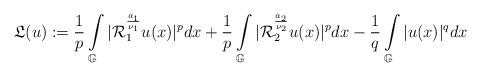
LaTeX: \begin{align*}\mathfrak{L}(u):=\frac{1}{p}\int\limits_{\mathbb{G}}|\mathcal{R}_{1}^{\frac{a_{1}}{\nu_{1}}}u(x)|^{p}dx+\frac{1}{p}\int\limits_{\mathbb{G}}|\mathcal{R}_{2}^{\frac{a_{2}}{\nu_{2}}}u(x)|^{p}dx-\frac{1}{q}\int\limits_{\mathbb{G}}|u(x)|^{q}dx\end{align*}